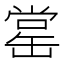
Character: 𦈹